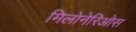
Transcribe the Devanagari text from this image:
मिलोनेरिओस